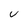
Character: u